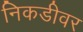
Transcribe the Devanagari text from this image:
निकडीवर